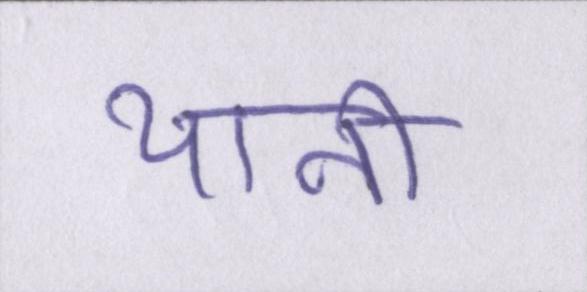
यानी